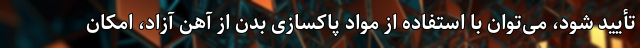
تأیید شود، می‌توان با استفاده از مواد پاکسازی بدن از آهن آزاد، امکان